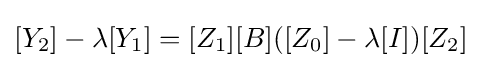
[Y_{2}]-\lambda [Y_{1}]=[Z_{1}][B]([Z_{0}]-\lambda [I])[Z_{2}]